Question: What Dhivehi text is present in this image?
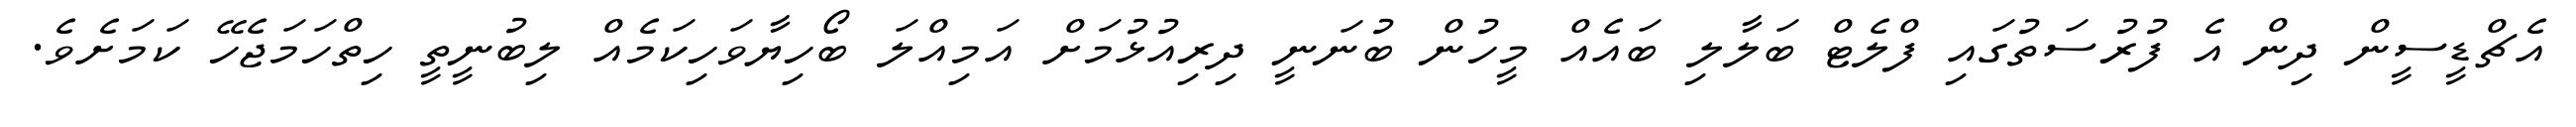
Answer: އެޗްޑީސީން ދިން އެ ފުރުސަތުގައި ފްލެޓް ބަލާލި ބައެއް މީހުން ބުނަނީ ދިރިއުޅުމަށް އަމިއްލަ ބޯހިޔާވަހިކަމެއް ލިބުނީތީ ހިތްހަމަޖެހޭ ކަމަށެވެ.